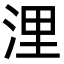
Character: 浬